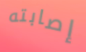
إصابته